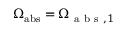
\Omega _ { \mathrm { a b s } } = \Omega _ { \mathrm { ~ a ~ b ~ s ~ } , 1 }